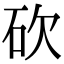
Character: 砍